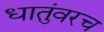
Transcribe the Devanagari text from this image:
धातुंवरच